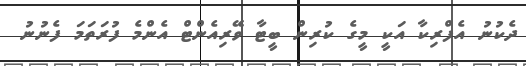
ދެކުނު އެފްރިކާ އަކީ މީގެ ކުރިން ބީޓާ ވޭރިއެންޓް އެންމެ ފުރަތަމަ ފެނުނު